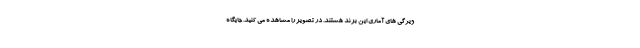
ویژگی های آماری این برند هستند. در تصویر را مشاهده می کنید. جایگاه